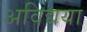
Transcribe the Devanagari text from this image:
अविद्यया